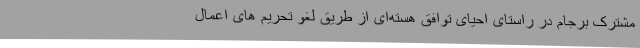
مشترک برجام در راستای احیای توافق هسته‌ای از طریق لغو تحریم های اعمال